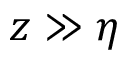
z \gg \eta